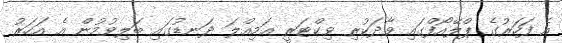
އެ ފަހަރުގެ ޕްލޭއޯފްގައި ވާދަކުރި ވިކްޓަރީ އަމިއްލަ ދަނޑުގައި ބަލިވުމުން އެ އަހަރު